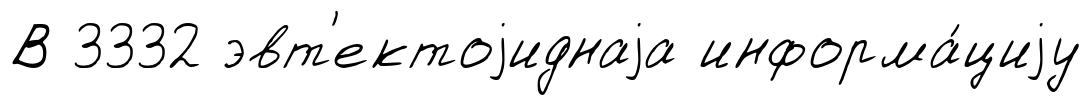
В 3332 эвт'ектоjиднаjа информа́циjу